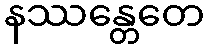
နဿန္တေတေ